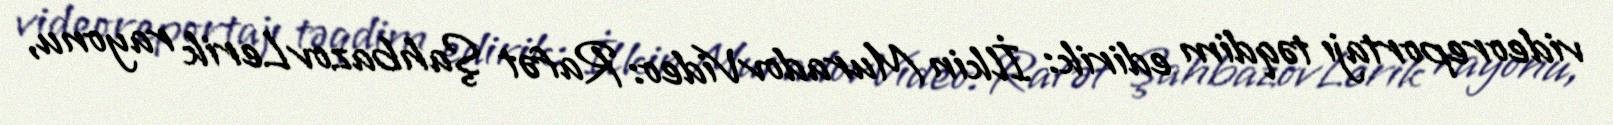
videoreportajı təqdim edirik: İlkin MuradovVideo: Rafət ŞahbazovLerik rayonu,